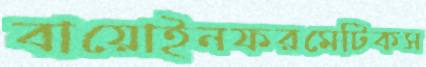
বায়োইনফরমেটিকস